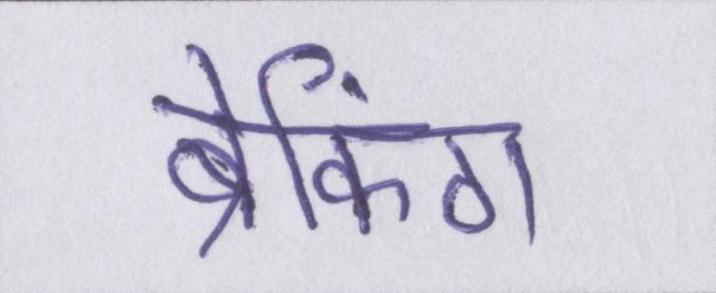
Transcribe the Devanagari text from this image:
ब्रेकिंग